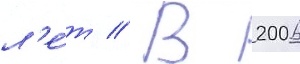
л'е́т // В 2006